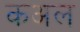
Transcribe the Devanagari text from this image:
कअल